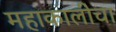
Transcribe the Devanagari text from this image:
महाकालीचा